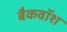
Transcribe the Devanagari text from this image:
बैकवॉश